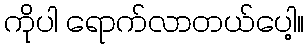
ကိုပါ ရောက်လာတယ်ပေါ့။